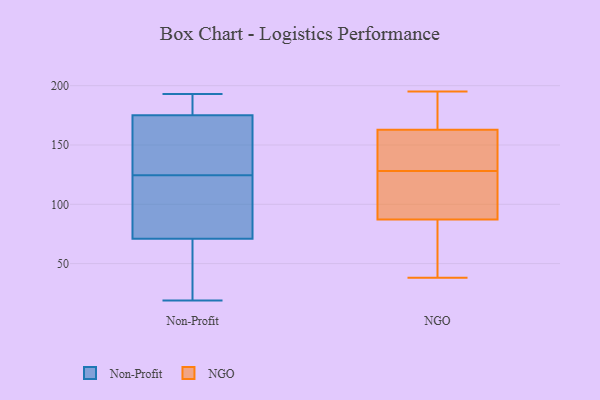
{"axis": {"x": "Page Views", "y": "Value"}, "legend": ["NGO", "Non-Profit"], "data": [{"x": "", "y": 170, "type": "Non-Profit"}, {"x": "", "y": 131, "type": "Non-Profit"}, {"x": "", "y": 182, "type": "Non-Profit"}, {"x": "", "y": 47, "type": "Non-Profit"}, {"x": "", "y": 79, "type": "Non-Profit"}, {"x": "", "y": 193, "type": "Non-Profit"}, {"x": "", "y": 153, "type": "Non-Profit"}, {"x": "", "y": 191, "type": "Non-Profit"}, {"x": "", "y": 42, "type": "Non-Profit"}, {"x": "", "y": 19, "type": "Non-Profit"}, {"x": "", "y": 118, "type": "Non-Profit"}, {"x": "", "y": 71, "type": "Non-Profit"}, {"x": "", "y": 106, "type": "Non-Profit"}, {"x": "", "y": 189, "type": "Non-Profit"}, {"x": "", "y": 95, "type": "Non-Profit"}, {"x": "", "y": 175, "type": "Non-Profit"}, {"x": "", "y": 59, "type": "Non-Profit"}, {"x": "", "y": 134, "type": "Non-Profit"}, {"x": "", "y": 172, "type": "NGO"}, {"x": "", "y": 134, "type": "NGO"}, {"x": "", "y": 85, "type": "NGO"}, {"x": "", "y": 162, "type": "NGO"}, {"x": "", "y": 128, "type": "NGO"}, {"x": "", "y": 99, "type": "NGO"}, {"x": "", "y": 182, "type": "NGO"}, {"x": "", "y": 163, "type": "NGO"}, {"x": "", "y": 195, "type": "NGO"}, {"x": "", "y": 55, "type": "NGO"}, {"x": "", "y": 38, "type": "NGO"}, {"x": "", "y": 95, "type": "NGO"}, {"x": "", "y": 155, "type": "NGO"}, {"x": "", "y": 64, "type": "NGO"}, {"x": "", "y": 94, "type": "NGO"}]}